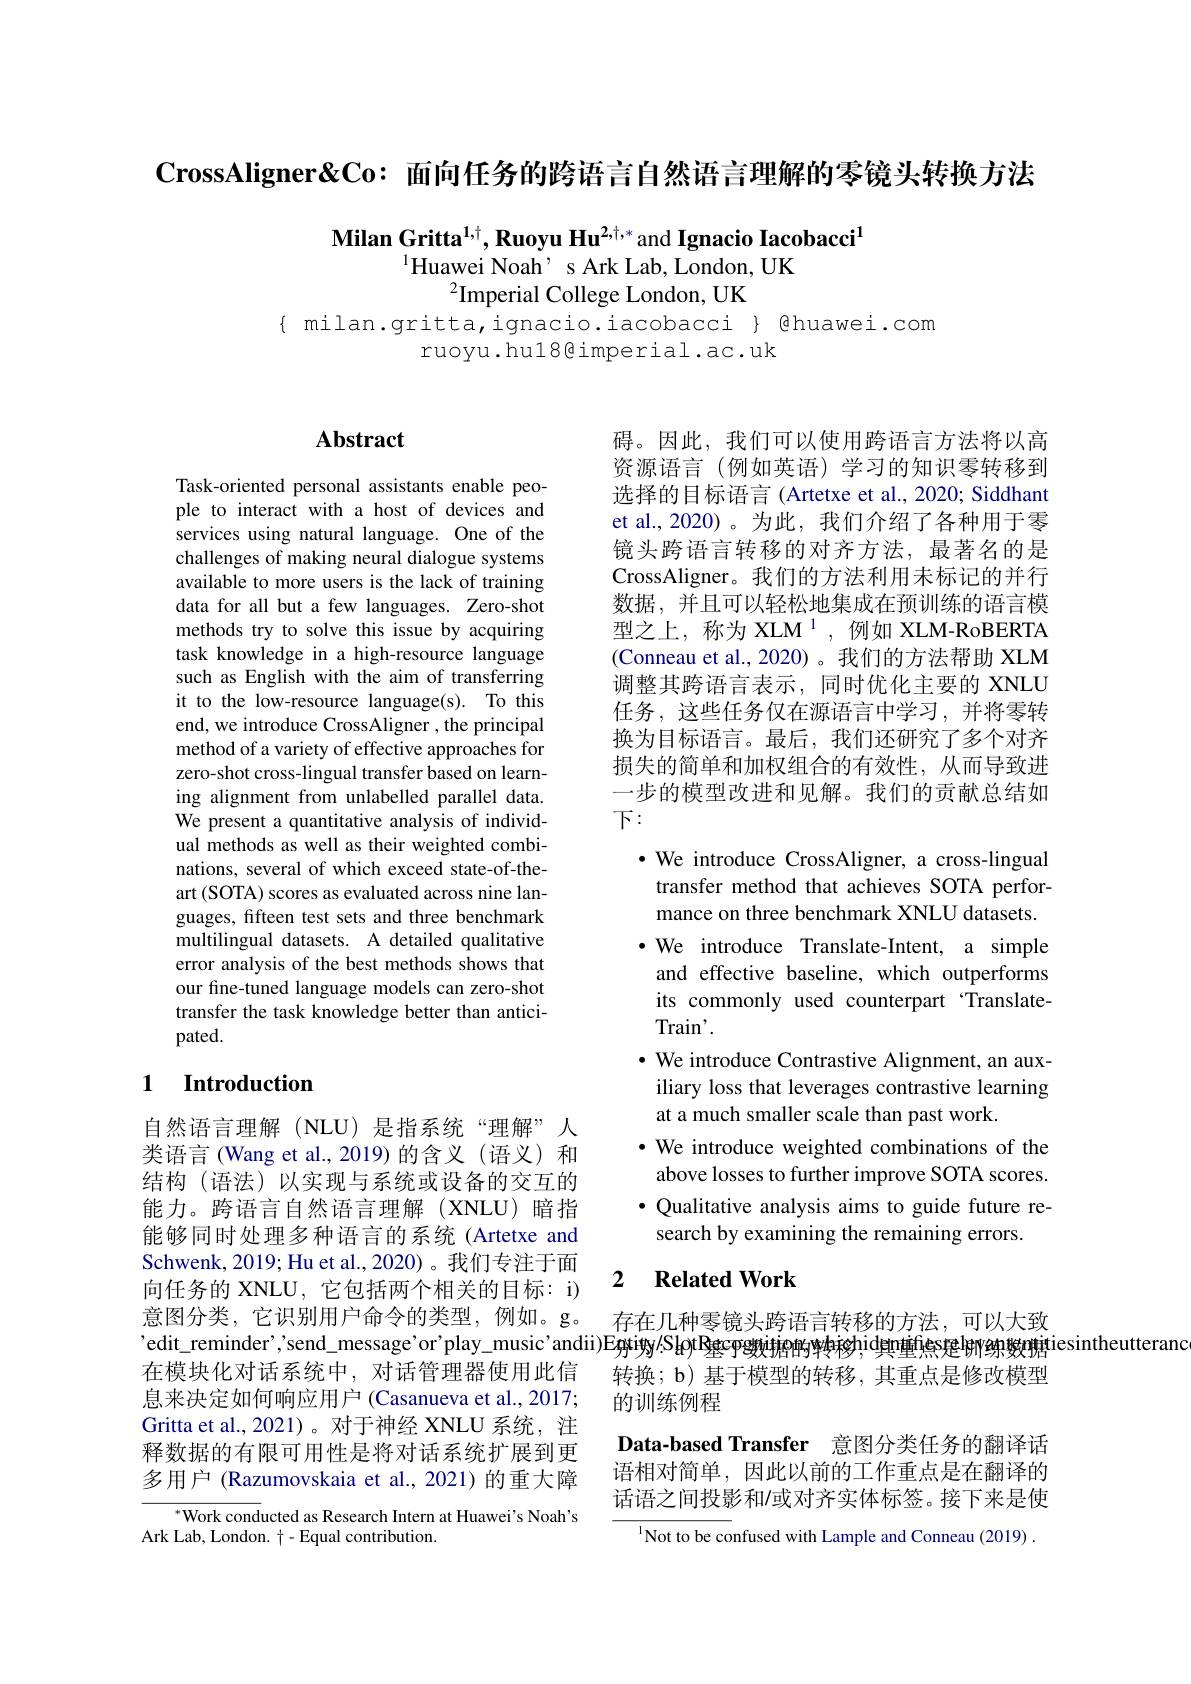
$\textbf{CrossAligner}\&$Co: 面向任务的跨语言自然语言理解的零镜头转换方法

Milan Gritta$^{1,\dagger},\textbf{Ruoyu Hu}^{2,\dagger,*}$and Ignacio Iacobacci$^{1}$
$^{1}$Huawei Noah' s Ark Lab, London, UK
$^{2}$Imperial College London, UK

$\{$ milan.gritta, ignacio. iacobacci $\}$ @huawei.com

ruoyu.hul8@imperial.ac.uk

## Abstract

Task-oriented personal assistants enable people to interact with a host of devices and services using natural language. One of the challenges of making neural dialogue systems available to more users is the lack of training data for all but a few languages. Zero-shot methods try to solve this issue by acquiring task knowledge in a high-resource language such as English with the aim of transferring it to the low-resource language(s). To this end, we introduce CrossAligner , the principal method of a variety of effective approaches for zero-shot cross-lingual transfer based on learning alignment from unlabelled parallel data. We present a quantitative analysis of individual methods as well as their weighted combinations, several of which exceed state-of-theart (SOTA) scores as evaluated across nine languages, fifteen test sets and three benchmark multilingual datasets. A detailed qualitative error analysis of the best methods shows that our fine-tuned language models can zero-shot transfer the task knowledge better than anticipated.

碍。因此，我们可以使用跨语言方法将以高资源语言(例如英语)学习的知识零转移到选择的目标语言 (Artetxe et al., 2020; Siddhant et al., 2020)。为此，我们介绍了各种用于零镜头跨语言转移的对齐方法，最著名的是CrossAligner。我们的方法利用未标记的并行数据，并且可以轻松地集成在预训练的语言模型之上，称为 XLM $^{1}$,例如 XLM-RoBERTA (Conneau et al., 2020)。我们的方法帮助 XLM 调整其跨语言表示，同时优化主要的 XNLU 任务，这些任务仅在源语言中学习，并将零转换为目标语言。最后，我们还研究了多个对齐损失的简单和加权组合的有效性，从而导致进一步的模型改进和见解。我们的贡献总结如下：
$\bullet$ We introduce CrossAligner, a cross-lingual
transfer method that achieves SOTA performance on three benchmark XNLU datasets. $\bullet$ We introduce Translate-Intent, a simple
and effective baseline, which outperforms its commonly used counterpart “TranslateTrai$n^{\prime }.$
$\cdot$ We introduce Contrastive Alignment, an auxiliary loss that leverages contrastive learning at a much smaller scale than past work.
· We introduce weighted combinations of the above losses to further improve SOTA scores. $\bullet$ Qualitative analysis aims to guide future research by examining the remaining errors.

2 $\textbf{Related Work}$

## 1 Introduction

自然语言理解(NLU)是指系统“理解”人类语言(Wang et al.,2019)的含义(语义)和结构(语法)以实现与系统或设备的交互的能力。跨语言自然语言理解(XNLU)暗指能够同时处理多种语言的系统(Artetxe and Schwenk, 2019; Hu et al., 2020)。我们专注于面向任务的 XNLU, 它包括两个相关的目标：i) 意图分类，它识别用户命令的类型，例如。g。'edit\_reminder'send\_message'or'play\_music'andii)E狒i姌y/SlayR基cy数排的转移hid與n重熙足即纳数糖tiesintheutteranc
在模块化对话系统中，对话管理器使用此信息来决定如何响应用户 (Casanueva et al., 2017; Gritta et al., 2021)。对于神经 XNLU 系统，注释数据的有限可用性是将对话系统扩展到更多用户 (Razumovskaia et al., 2021) 的重大障

存在几种零镜头跨语言转移的方法，可以大致转换；b) 基于模型的转移，其重点是修改模型的训练例程

Data-based Transfer 意图分类任务的翻译话语相对简单，因此以前的工作重点是在翻译的话语之间投影和/或对齐实体标签。接下来是使

$^{*}$Work conducted as Research Intern at Huawei's Noah's
Ark Lab, London. $\dagger-$Equal contribution.

$^{\mathrm{l}}$Not to be confused with Lample and Conneau (2019) .